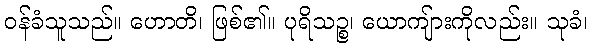
ဝန်ခံသူသည်။ ဟောတိ၊ ဖြစ်၏။ ပုရိသဉ္စ၊ ယောကျ်ားကိုလည်း။ သုခံ၊